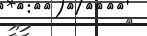
٢         މިއީ